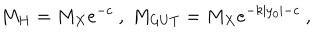
LaTeX: M _ { H } = M _ { X } e ^ { - c } ~ , ~ M _ { G U T } = M _ { X } e ^ { - k | y _ { 0 } | - c } ~ , ~ \,